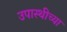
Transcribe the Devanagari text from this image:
उपास्थीच्या